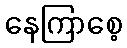
နေကြာစေ့